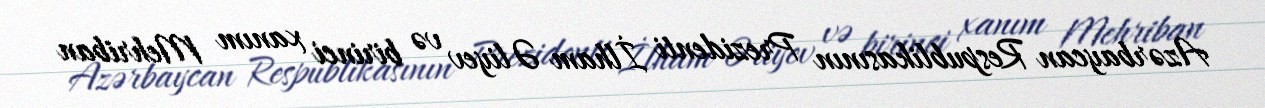
Azərbaycan Respublikasının Prezidenti İlham Əliyev və birinci xanım Mehriban